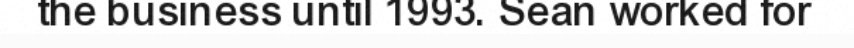
the business until 1993. Sean worked for